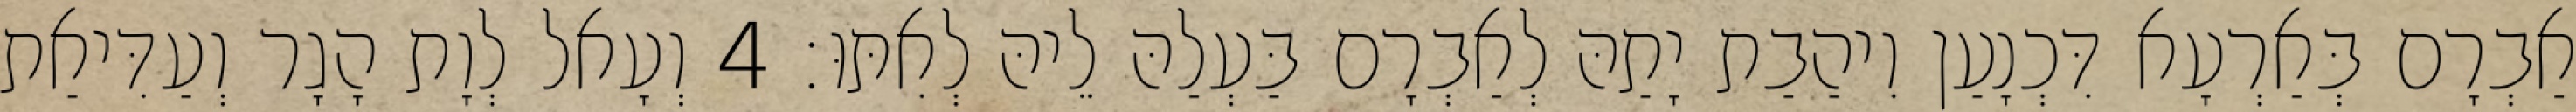
אַבְרָם בְּאַרְעָא דִּכְנָעַן וִיהַבַת יָתַהּ לְאַבְרָם בַּעְלַהּ לֵיהּ לְאִתּוּ׃ 4 וְעָאל לְוָת הָגָר וְעַדִּיאַת